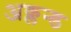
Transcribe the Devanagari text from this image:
अक्लन्ड